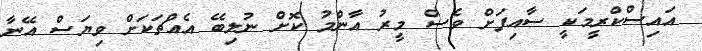
އައިސްކްރީމަކީ ސާއިފަށް ވެސް މީރު އާންމު ކޮށް ނުލިބޭ އެއްޗަކަށް ވިޔަސް އޭނާ